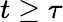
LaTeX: t\geq\tau